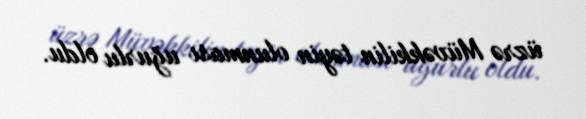
üzrə Müvəkkilin təyin olunması uğurlu oldu.